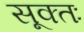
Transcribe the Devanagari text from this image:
सूक्तः